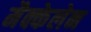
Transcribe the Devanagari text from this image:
मैक्केलेन